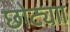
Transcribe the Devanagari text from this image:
छोट्याा